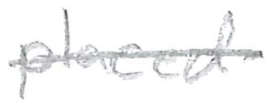
Text: placed
Cross-out: single-line
Writing tool: pencil